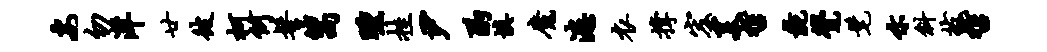
安勿洋廿彼柯何髻篙曛挂尹酌填魔漶衣撑宏美哲彘觉髦示斜拔哲